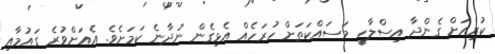
ކުރިއަށް ގެންދާ އިސްލާހީ މަސައްކަތަށް ހުރަހެއް އެޅިގެން ނުދާނެ ކަމަށެވެ. އެއަށްވުރެ ގައުމާއި